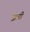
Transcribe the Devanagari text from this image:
जल्री